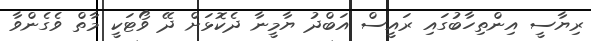
ރިޔާސީ އިންތިހާބުގައި ރައީސް އަބްދު ޔާމީނާ ދެކޮޅަށް ދޭ ވޯޓަކީ މާތް ވެގެންވާ